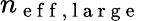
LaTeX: n_{\mathrm{~e~f~f~,~l~a~r~g~e~}}